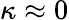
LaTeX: \kappa\approx 0